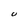
Character: U